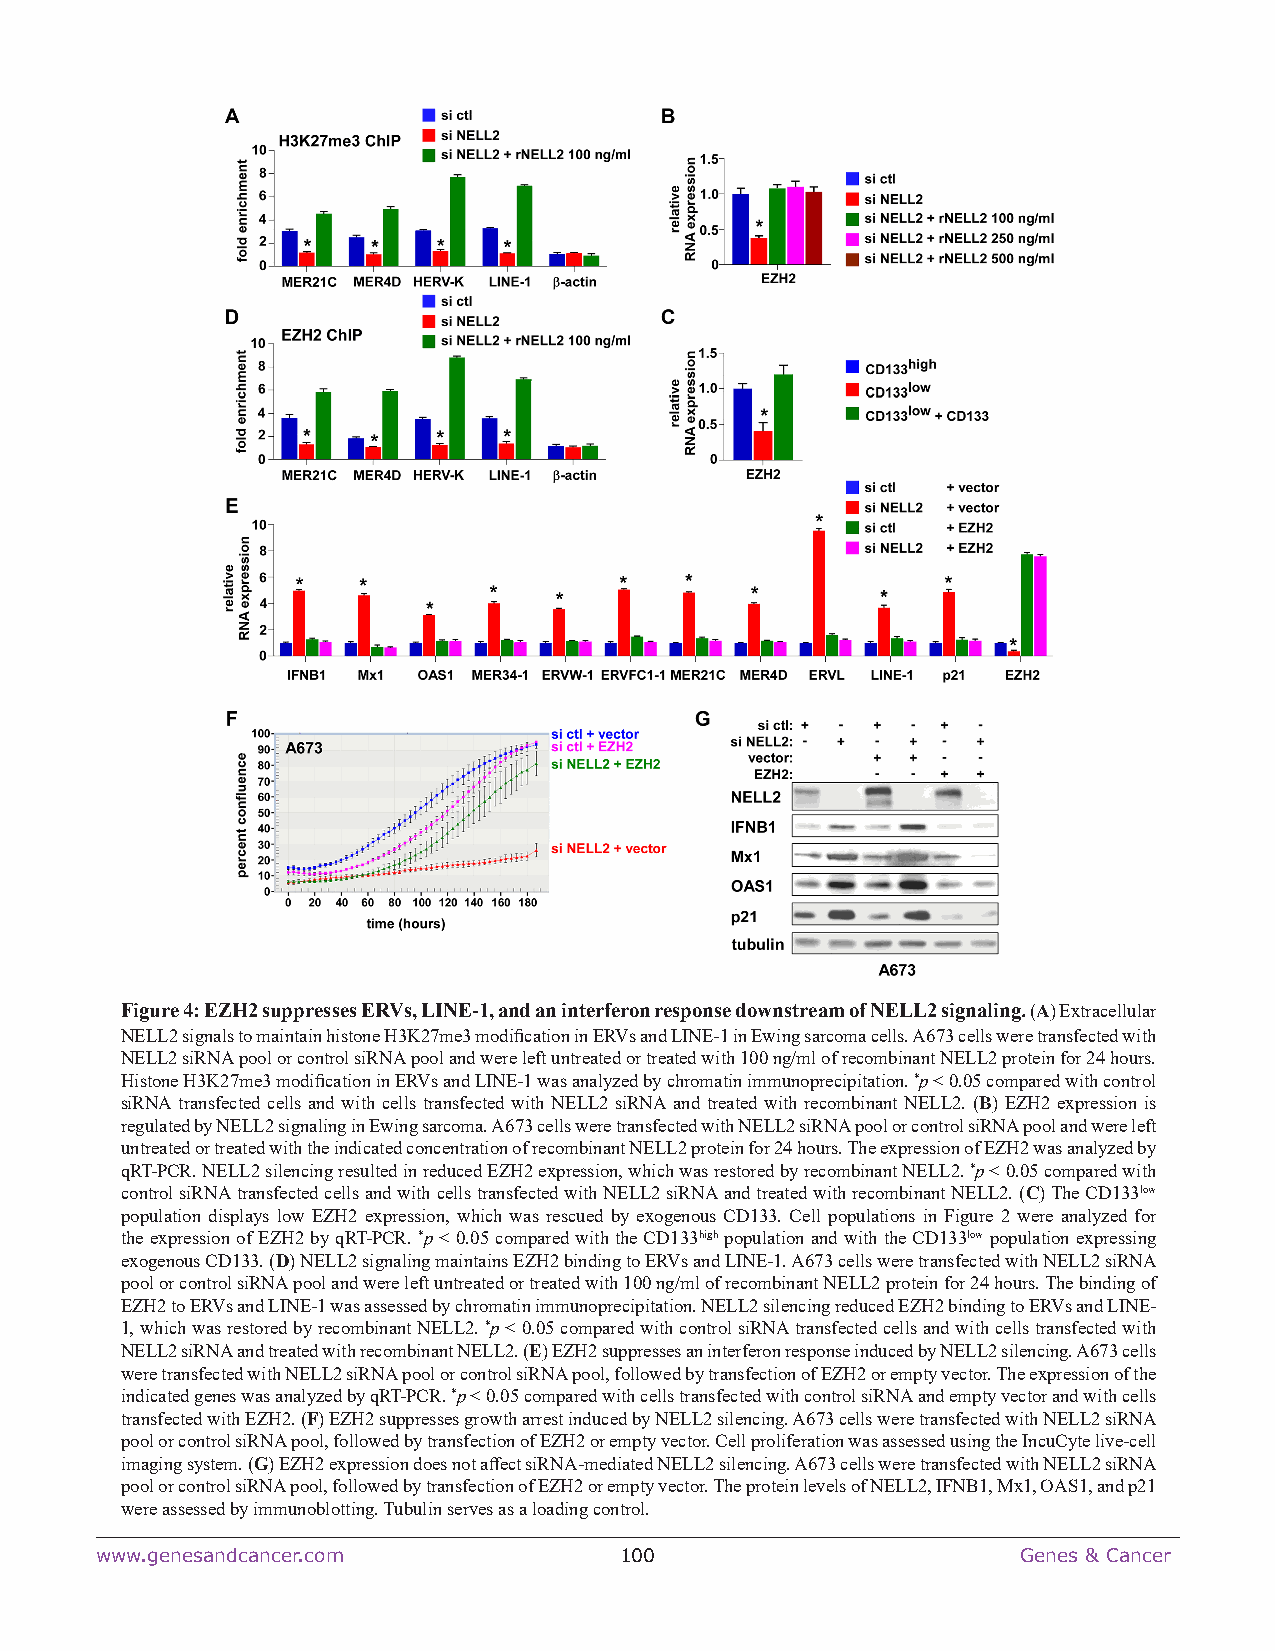
Figure 4: EZH2 suppresses ERVs, LINE-1, and an interferon response downstream of NELL2 signaling. (A) Extracellular
 NELL2 signals to maintain histone H3K27me3 modification in ERVs and LINE-1 in Ewing sarcoma cells. A673 cells were transfected with
 NELL2 siRNA pool or control siRNA pool and were left untreated or treated with 100 ng/ml of recombinant NELL2 protein for 24 hours.
 Histone H3K27me3 modification in ERVs and LINE-1 was analyzed by chromatin immunoprecipitation. *p < 0.05 compared with control
 siRNA transfected cells and with cells transfected with NELL2 siRNA and treated with recombinant NELL2. (B) EZH2 expression is
 regulated by NELL2 signaling in Ewing sarcoma. A673 cells were transfected with NELL2 siRNA pool or control siRNA pool and were left
 untreated or treated with the indicated concentration of recombinant NELL2 protein for 24 hours. The expression of EZH2 was analyzed by
 qRT-PCR. NELL2 silencing resulted in reduced EZH2 expression, which was restored by recombinant NELL2. *p < 0.05 compared with
 control siRNA transfected cells and with cells transfected with NELL2 siRNA and treated with recombinant NELL2. (C) The CD133low
 population displays low EZH2 expression, which was rescued by exogenous CD133. Cell populations in Figure 2 were analyzed for
 the expression of EZH2 by qRT-PCR. *p < 0.05 compared with the CD133high population and with the CD133low population expressing
 exogenous CD133. (D) NELL2 signaling maintains EZH2 binding to ERVs and LINE-1. A673 cells were transfected with NELL2 siRNA
 pool or control siRNA pool and were left untreated or treated with 100 ng/ml of recombinant NELL2 protein for 24 hours. The binding of
 EZH2 to ERVs and LINE-1 was assessed by chromatin immunoprecipitation. NELL2 silencing reduced EZH2 binding to ERVs and LINE-
 1, which was restored by recombinant NELL2. *p < 0.05 compared with control siRNA transfected cells and with cells transfected with
 NELL2 siRNA and treated with recombinant NELL2. (E) EZH2 suppresses an interferon response induced by NELL2 silencing. A673 cells
 were transfected with NELL2 siRNA pool or control siRNA pool, followed by transfection of EZH2 or empty vector. The expression of the
 indicated genes was analyzed by qRT-PCR. *p < 0.05 compared with cells transfected with control siRNA and empty vector and with cells
 transfected with EZH2. (F) EZH2 suppresses growth arrest induced by NELL2 silencing. A673 cells were transfected with NELL2 siRNA
 pool or control siRNA pool, followed by transfection of EZH2 or empty vector. Cell proliferation was assessed using the IncuCyte live-cell
 imaging system. (G) EZH2 expression does not affect siRNA-mediated NELL2 silencing. A673 cells were transfected with NELL2 siRNA
 pool or control siRNA pool, followed by transfection of EZH2 or empty vector. The protein levels of NELL2, IFNB1, Mx1, OAS1, and p21
 were assessed by immunoblotting. Tubulin serves as a loading control.
 www.genesandcancer.com             100                        Genes & Cancer